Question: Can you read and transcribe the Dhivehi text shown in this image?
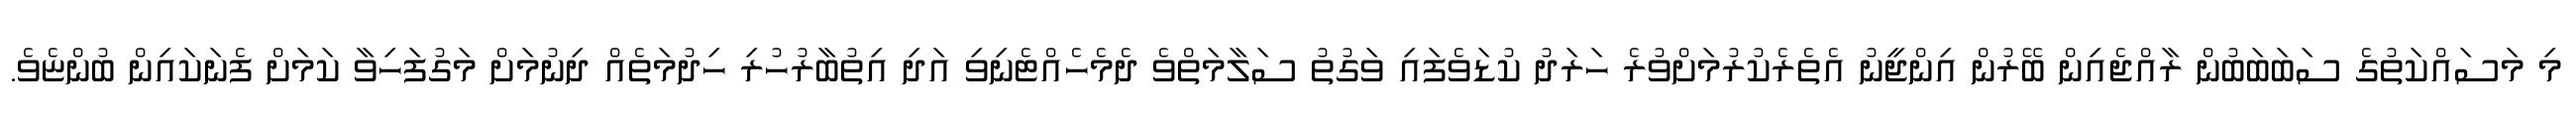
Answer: މި މަސައްކަތުގެ ސަބަބަބުން ރާއްޖެއިން ބޭރުން އިންޖީނު އެތެރެކުރުމަށްވުރެ ހަރަދު ކުޑަވެފައި ވަގުތު ސަލާމަތްވެ ދެމެހެއްޓެނިވި އަދި އިތުބާރުހުރި ހިދުމަތެއް ދިނުމަށް މަގުފަހިވާ ކަމަށް ފެނަކައިން ބުންޏެވެ.